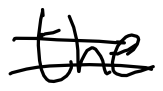
Text: the
Cross-out: double-line
Writing tool: digital_black